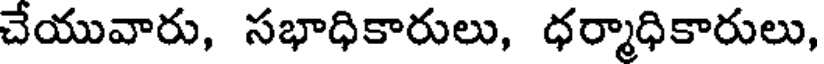
చేయువారు, సభాధికారులు, ధర్మాధికారులు,